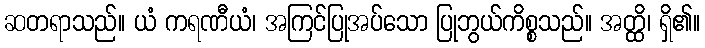
ဆတရာသည်။ ယံ ကရဏီယံ၊ အကြင်ပြုအပ်သော ပြုဘွယ်ကိစ္စသည်။ အတ္ထိ၊ ရှိ၏။